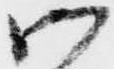
御